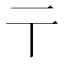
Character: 𬼽